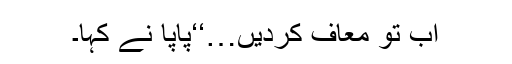
اب تو معاف کردیں…‘‘پاپا نے کہا۔